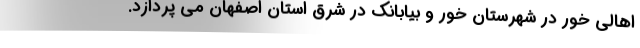
اهالی خور در شهرستان خور و بیابانک در شرق استان اصفهان می پردازد.